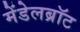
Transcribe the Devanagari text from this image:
मेंडेलब्रॉट